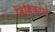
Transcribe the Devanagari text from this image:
बिंबिकांचे